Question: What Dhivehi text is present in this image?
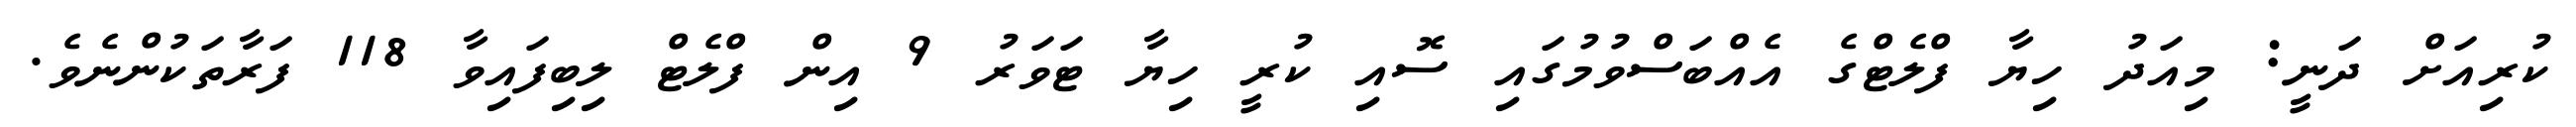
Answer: ކުރިއަށް ދަނީ: މިއަދު ހިޔާ ފްލެޓްގެ އެއްބަސްވުމުގައި ސޮއި ކުރީ ހިޔާ ޓަވަރު 9 އިން ފްލެޓް ލިބިފައިވާ 118 ފަރާތަކުންނެވެ.